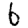
Digit: 6